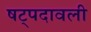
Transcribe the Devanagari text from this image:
षट्पदावली